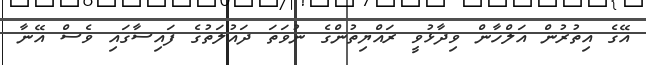
އޭގެ އިތުރުން އަލްހާން ވިދާޅުވީ ރައްޔިތުންގެ ނުވަތަ ދައުލަތުގެ ފައިސާގައި ވެސް އޭނާ